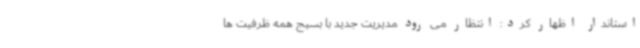
استاندار اظهار کرد: انتظار می رود مدیریت جدید با بسیج همه ظرفیت ها